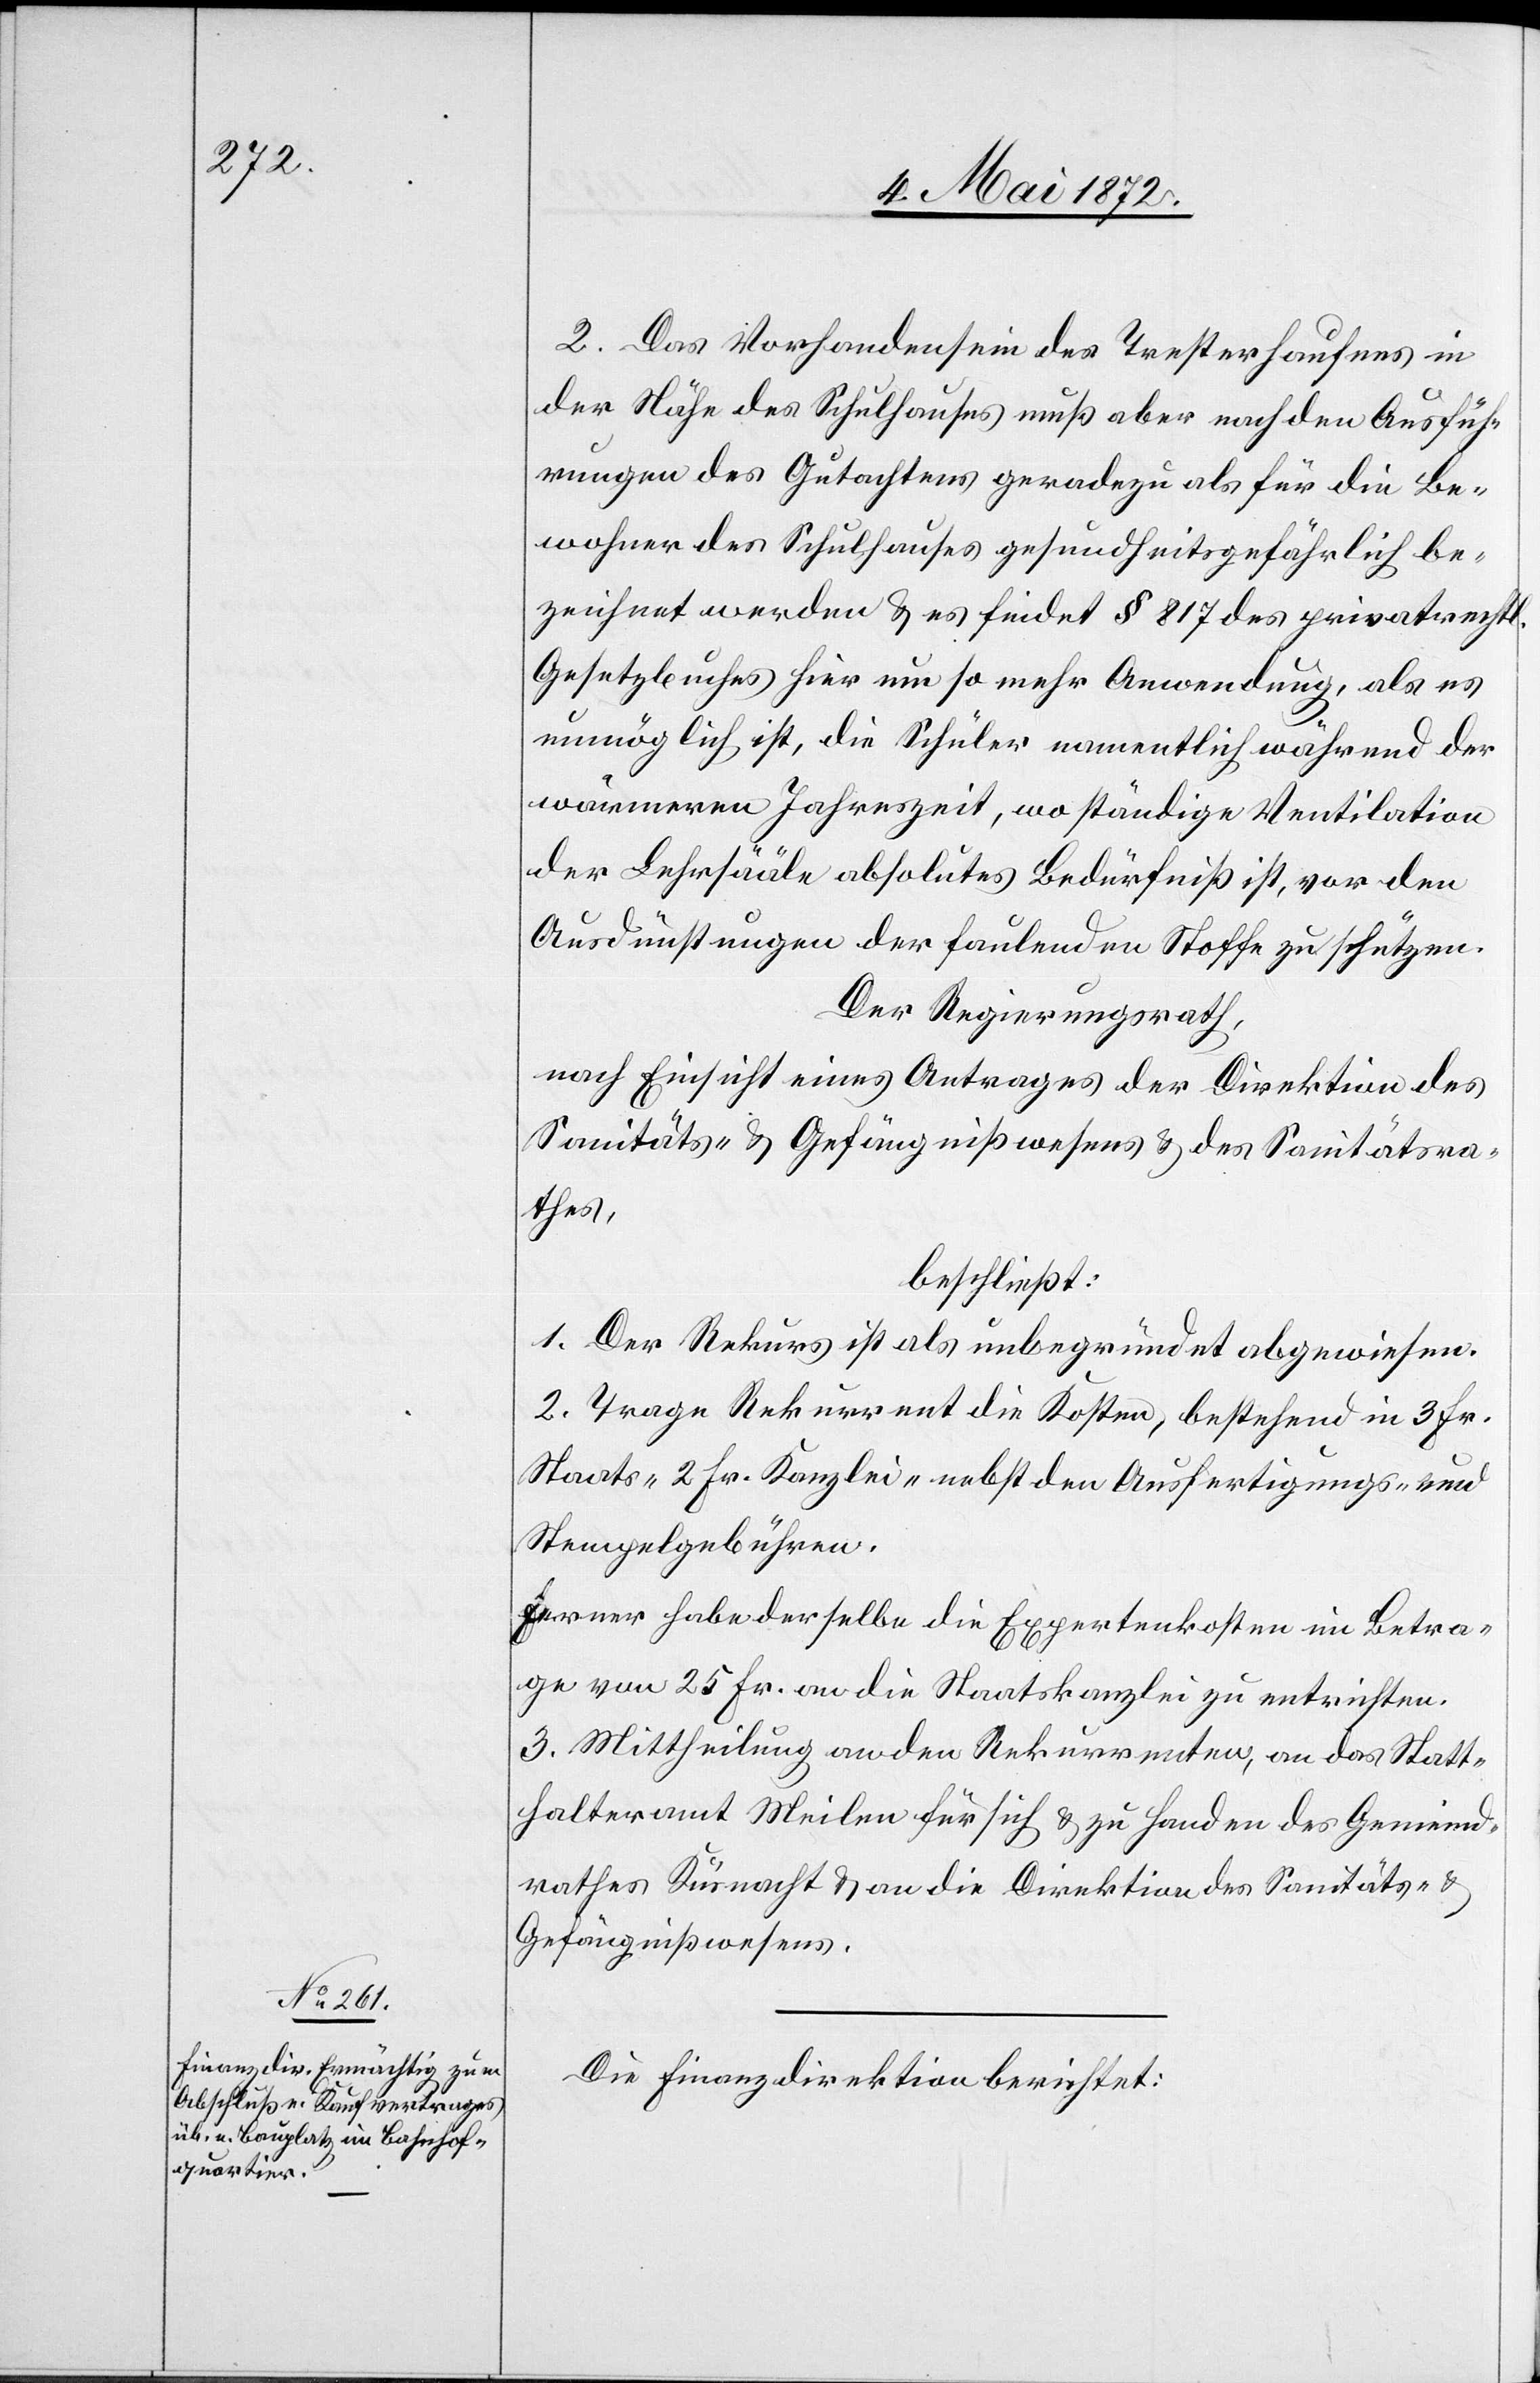
2. Das Vorhandensein des Tresterhaufens in
der Nähe des Schulhauses muß aber nach den Ausfüh¬
rungen des Gutachtes geradezu als für die Be¬
wohner des Schulhauses gesundheitsgefährlich be¬
zeichnet werden u. es findet § 817 des privatrechtl.
Gesetzbuches hier um so mehr Anwendung, als es
unmöglich ist, die Schüler namentlich während der
wärmeren Jahreszeit, wo ständige Ventilation
der Lehrsääle absolutes Bedürfniß ist, vor den
Ausdünstungen der faulenden Stoffe zu schützen.
Der Regierungsrath,
nach Einsicht eines Antrages der Direktion des
Sanitäts- u. Gefängnißwesens u. des Sanitätsra¬
thes,
beschließt:
1. Der Rekurs ist als unbegründet abgewiesen.
2. Trage Rekurrent die Kosten, bestehend in 3 Fr.
Staats-[,] 2 Fr. Kanzlei-[,] nebst den Ausfertigungs- und
Stempelgebühren.
Fenner habe derselbe die Expertenkosten im Betra¬
ge von 25 Fr. an die Staatskanzlei zu entrichten.
3. Mittheilung an den Rekurrenten, an das Statt¬
halteramt Meilen für sich u. zu Handen des Gemeind¬
rathes Küsnacht u. an die Direktion des Sanitäts- u.
Gefängnißwesens.
Die Finanzdirektion berichtet: